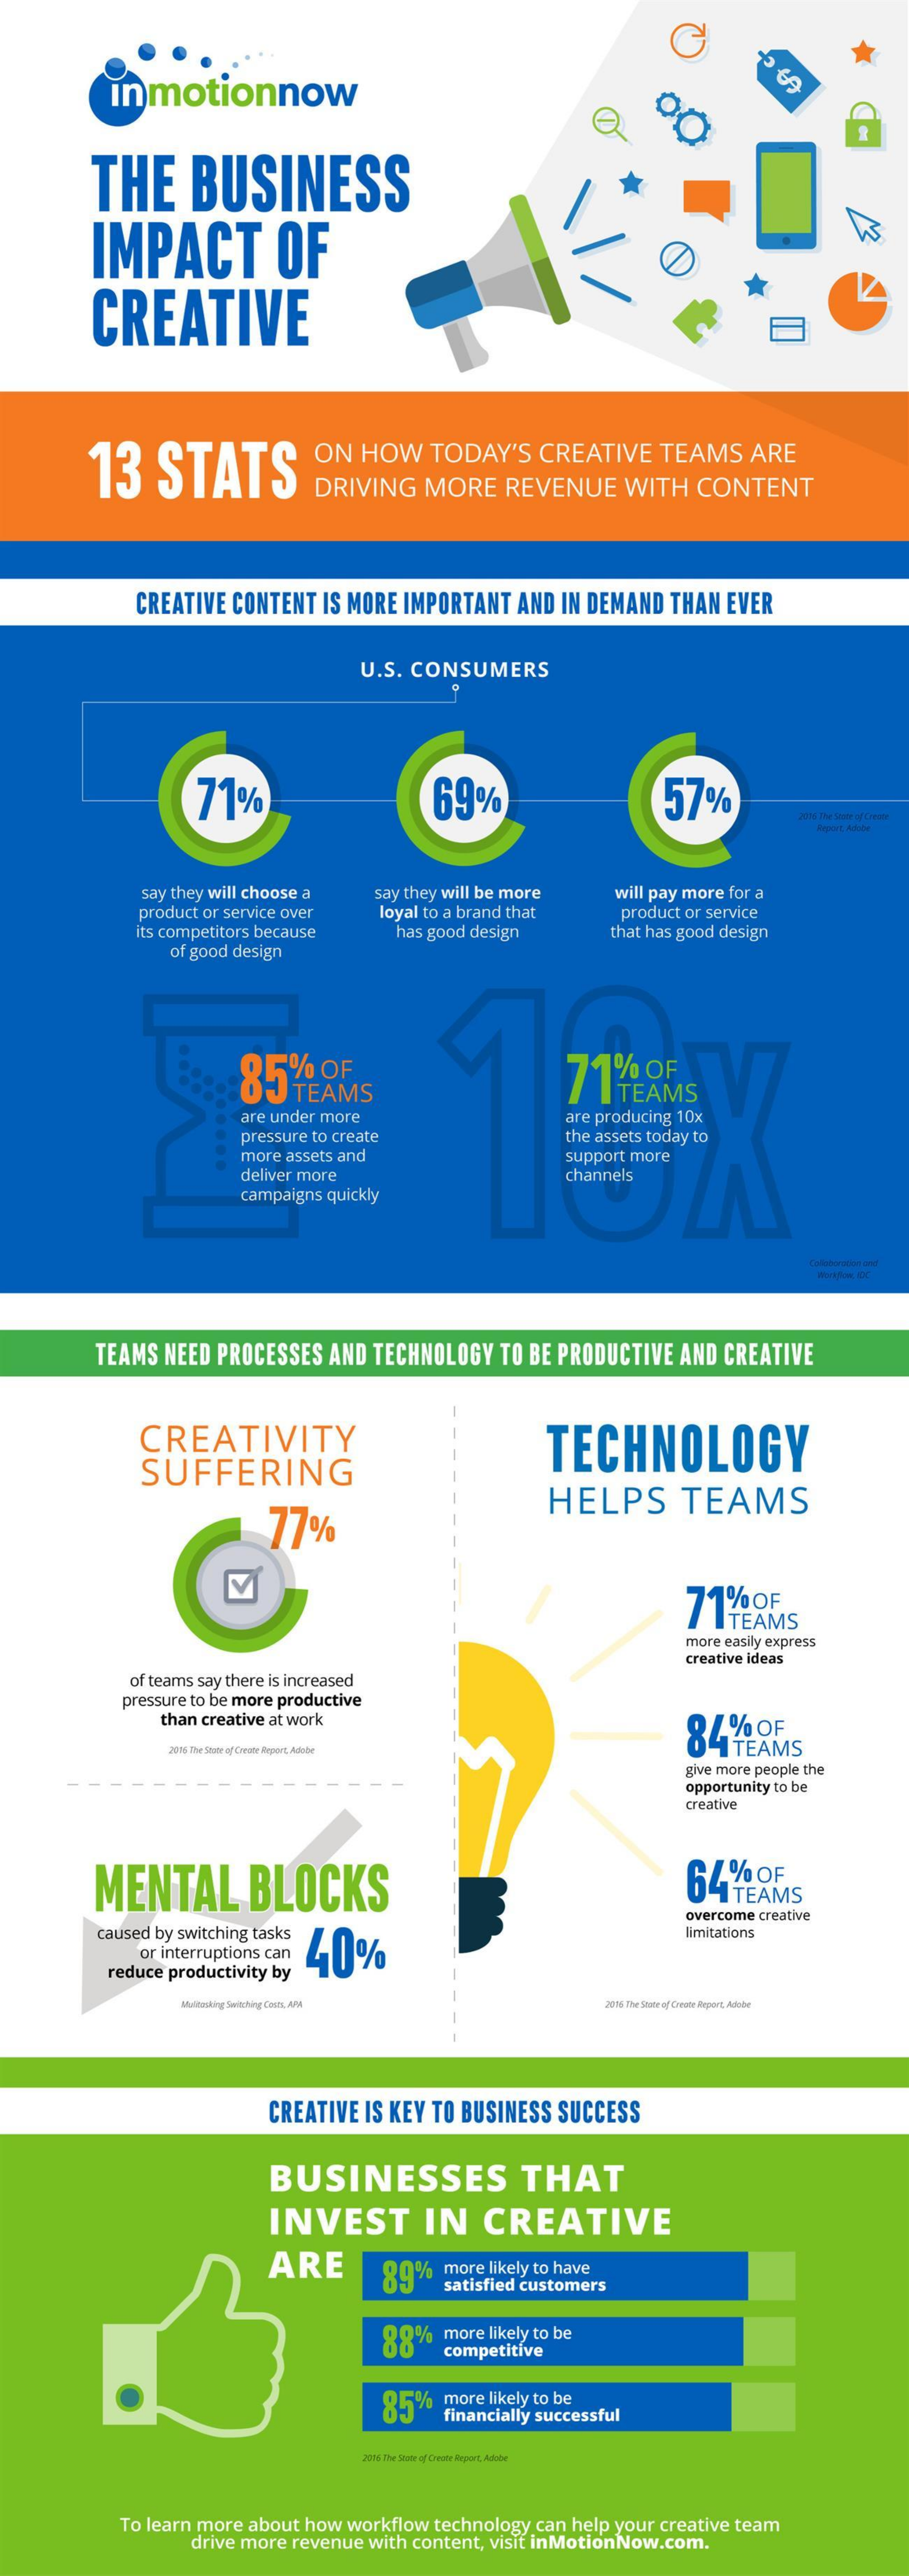
in motionnow
     THE    BUSINESS
     IMPACT    OF
     CREATIVE
     13    STATS
     ON  HOW   TODAY'S   CREATIVE    TEAMS  ARE
     DRIVING   MORE   REVENUE    WITH   CONTENT
     CREATIVE CONTENT IS MORE IMPORTANT AND IN DEMAND THAN EVER
     U.S. CONSUMERS
     71%    69%    57%
     2016 The State of Creute
     Report, Adobe
     say they will choose a say they will be more
     loyal to a brand that
     will pay more for a
     product or service over    product or service
     its competitors because
     of good design
     has good design    that has good design
     85   TEAMS    71%    OF TEAMS
     are under more    are producing 10x
     pressure to create    the assets today to
     more assets and
     deliver more
     support more
     campaigns quickly
     channels
     Workflow, IDC
     TEAMS NEED PROCESSES AND TECHNOLOGY  TO BE PRODUCTIVE AND CREATIVE
     CREATIVITY
     SUFFERING
     TECHNOLOGY
     77%
     HELPS    TEAMS
     71%   OF ITEAMS
     more easily express
     creative ideas
     of teams say there is increased
     pressure to be more productive
     than creative at work
     84%   OF
     2016 The Stone of Creste Report, Adobe    1 TEAMS
     give more people the
     opportunity to be
     creative
     MENTAL    BLOCKS    64  TEAMS
     caused by switching tasks
     overcome creative
     40%
     limitations
     or interruptions can
     reduce productivity by
     Maltasking Saiching Costs, APA    2016 The Shore af Create Report, Adobe
     CREATIVE IS KEY TO BUSINESS SUCCESS
     BUSINESSES    THAT
     INVEST    IN    CREATIVE
     ARE    89%   more likely to have
     satisfied customers
     88%  more likely to be
     competitive
     85%   more likely to be
     financially successful
     2015 The State of Cheute Report, Adobe
     To learn more about how workflow technology can help your creative team
     drive more revenue with content, visit inMotionNow.com.